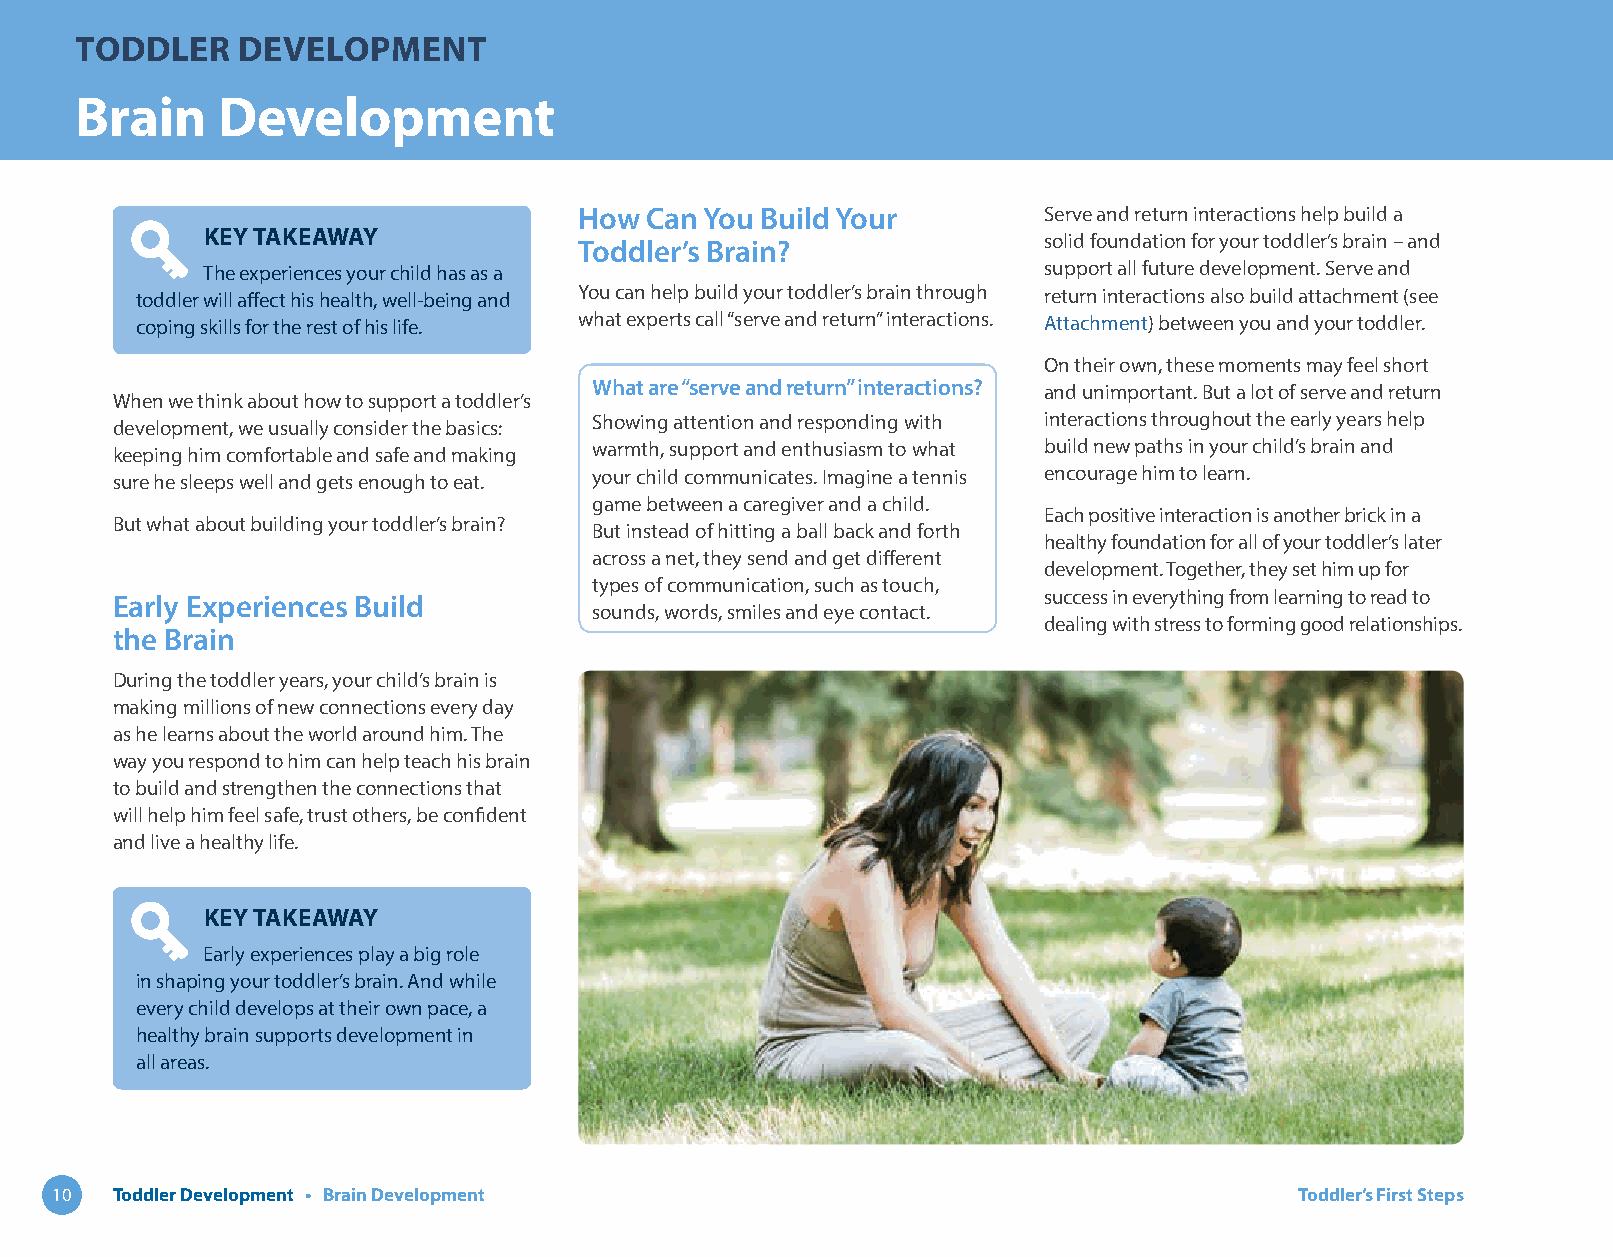
TODDLER    DEVELOPMENT
 Brain    Development
 How  Can You Build Your        Serve and return interactions help build a
 KEY TAKEAWAY                                            solid foundation for your toddler’s brain – and
 Toddler’s Brain?
 The experiences your child has as a                     support all future development. Serve and
 toddler will affect his health, well-being and You can help build your toddler’s brain through return interactions also build attachment (see
 coping skills for the rest of his life. what experts call “serve and return” interactions. Attachment) between you and your toddler.
 On their own, these moments may feel short
 What are “serve and return” interactions? and unimportant. But a lot of serve and return
 When we think about how to support a toddler’s
 development, we usually consider the basics: Showing attention and responding with interactions throughout the early years help
 keeping him comfortable and safe and making warmth, support and enthusiasm to what build new paths in your child’s brain and
 sure he sleeps well and gets enough to eat. your child communicates. Imagine a tennis encourage him to learn.
 game between a caregiver and a child.
 Each positive interaction is another brick in a
 But what about building your toddler’s brain?
 But instead of hitting a ball back and forth
 healthy foundation for all of your toddler’s later
 across a net, they send and get different
 development. Together, they set him up for
 types of communication, such as touch,
 Early Experiences Build                                       success in everything from learning to read to
 sounds, words, smiles and eye contact.
 dealing with stress to forming good relationships.
 the Brain
 During the toddler years, your child’s brain is
 making millions of new connections every day
 as he learns about the world around him. The
 way you respond to him can help teach his brain
 to build and strengthen the connections that
 will help him feel safe, trust others, be confident
 and live a healthy life.
 KEY TAKEAWAY
 Early experiences play a big role
 in shaping your toddler’s brain. And while
 every child develops at their own pace, a
 healthy brain supports development in
 all areas.
 10  Toddler Development • Brain Development                                        Toddler’s First Steps